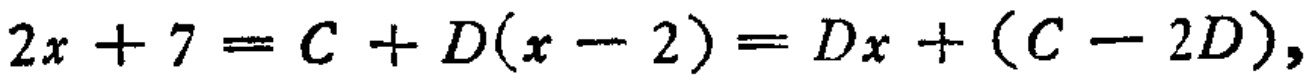
\(2x + 7 = C + D(x - 2)=Dx+(C - 2D),\)